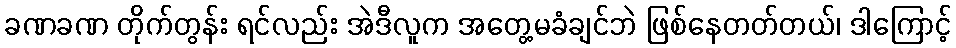
ခဏခဏ တိုက်တွန်း ရင်လည်း အဲဒီလူက အတွေ့မခံချင်ဘဲ ဖြစ်နေတတ်တယ်၊ ဒါကြောင့်